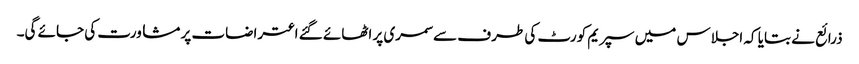
ذرائع نے بتایا کہ اجلاس میں سپریم کورٹ کی طرف سے سمری پر اٹھائے گئے اعتراضات پر مشاورت کی جائے گی۔